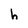
Character: h